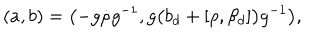
( a , b ) = \bigl ( - g \dot { \rho } g ^ { - 1 } , g \bigl ( b _ { d } + [ \rho , \beta _ { d } ] \bigr ) g ^ { - 1 } \bigr ) ,